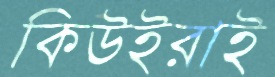
কিউইরাই